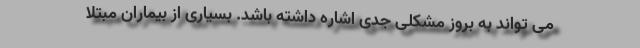
می تواند به بروز مشکلی جدی اشاره داشته باشد. بسیاری از بیماران مبتلا